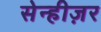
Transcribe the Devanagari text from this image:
सेन्हीज़र